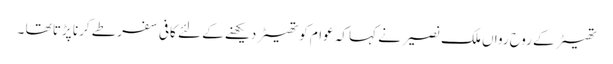
تھیٹر کے روح رواں ملک نصیر نے کہا کہ عوام کو تھیٹر دیکھنے کے لئے کافی سفر طے کرنا پڑتا تھا ۔